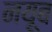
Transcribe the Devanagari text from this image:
नयूब